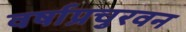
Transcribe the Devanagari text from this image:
वर्षाप्रचुरवन